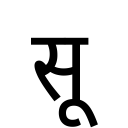
OCR:
सू